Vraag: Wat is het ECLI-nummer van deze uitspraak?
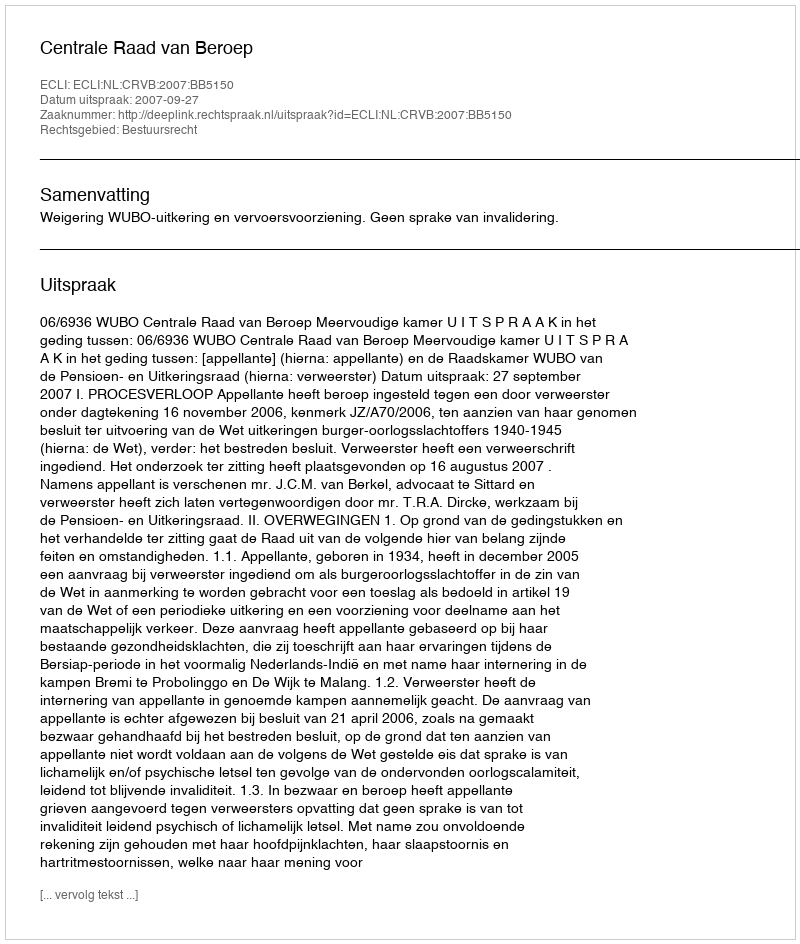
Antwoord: ECLI:NL:CRVB:2007:BB5150